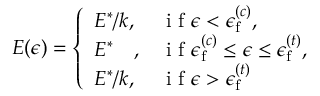
E ( \epsilon ) = \left\{ \begin{array} { l l } { E ^ { * } / k , } & { \mathrm { ~ i ~ f ~ } \epsilon < \epsilon _ { \mathrm { f } } ^ { ( c ) } , } \\ { E ^ { * } { \, \, \, \, \, \, } , } & { \mathrm { ~ i ~ f ~ } \epsilon _ { \mathrm { f } } ^ { ( c ) } \leq \epsilon \leq \epsilon _ { \mathrm { f } } ^ { ( t ) } , } \\ { E ^ { * } / k , } & { \mathrm { ~ i ~ f ~ } \epsilon > \epsilon _ { \mathrm { f } } ^ { ( t ) } } \end{array} \right.